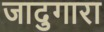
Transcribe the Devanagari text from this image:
जादुगारा